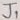
Text: J1